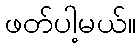
ဖတ်ပါ့မယ်။